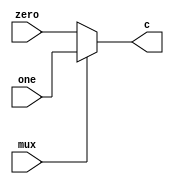
`timescale 1ns / 1ps
//////////////////////////////////////////////////////////////////////////////////
// Company: 
// Engineer: 
// 
// Design Name: 
// Module Name: mux2
// Project Name: 
// Target Devices: 
// Tool Versions: 
// Description: 
// 
// Dependencies: 
// 
// Revision:
// Revision 0.01 - File Created
// Additional Comments:
// 
//////////////////////////////////////////////////////////////////////////////////


module mux2
(
    zero,
    one,
    mux,
    c
    );
parameter WIDTH = 32;

input wire [WIDTH-1:0]zero;
input wire [WIDTH-1:0]one;
input wire mux;
output wire [WIDTH-1:0]c;
    
assign c = (mux==0)? zero:one;

endmodule